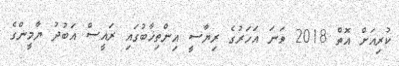
ކުރިއަށް އޮތް 2018 ވަަނަ އަހަރުގެ ރިޔާސީ އިންތިޚާބުގައި ރައީސް އަބުދު ޔާމީންގެ